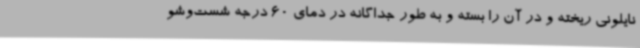
نایلونی ریخته و در آن را بسته و به طور جداگانه در دمای 60 درجه شست‌وشو